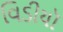
વિડીયૉ